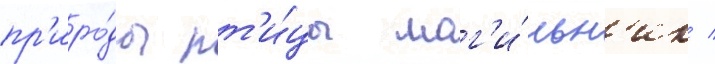
пр'иро́ды пт'и́цы мог'и́льн'ик /